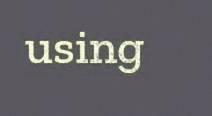
using